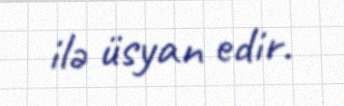
ilə üsyan edir.